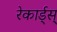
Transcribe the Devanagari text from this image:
रेकार्ड्स्